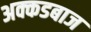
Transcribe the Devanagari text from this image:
अक्कडबाज